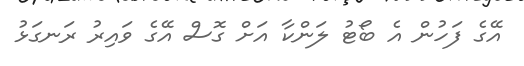
އޭގެ ފަހުން އެ ބޯޓު ލަންކާ އަށް ގޮސް އޭގެ ވައިރު ރަނގަޅު